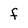
Character: f